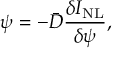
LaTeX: \psi = - \bar { D } \frac { \delta I _ { \mathrm { N L } } } { \delta \psi } ,